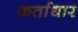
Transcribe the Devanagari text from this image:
कर्ताधार